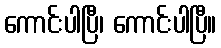
ကောင်းပါပြီ၊ ကောင်းပါပြီ။